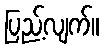
ပြည့်လျက်။